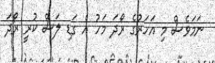
ނަމަވެސް މި އަހަރުގެ ރޯދަ މަހު އެ ގަޑި ލަސް ކުރީ ރޯދަ